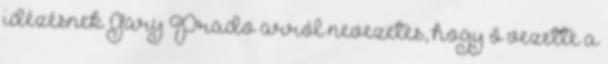
idézésnek. Gary Prado arról nevezetes, hogy ő vezette a